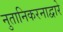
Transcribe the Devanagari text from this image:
नुतानिकरनाद्वारे